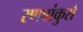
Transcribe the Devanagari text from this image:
रणबांकुरो